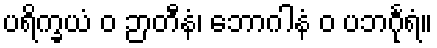
ပရိက္ခယံ ဝ ဉာတီနံ၊ ဘောဂါနံ ဝ ပဘင်္ဂုရံ။